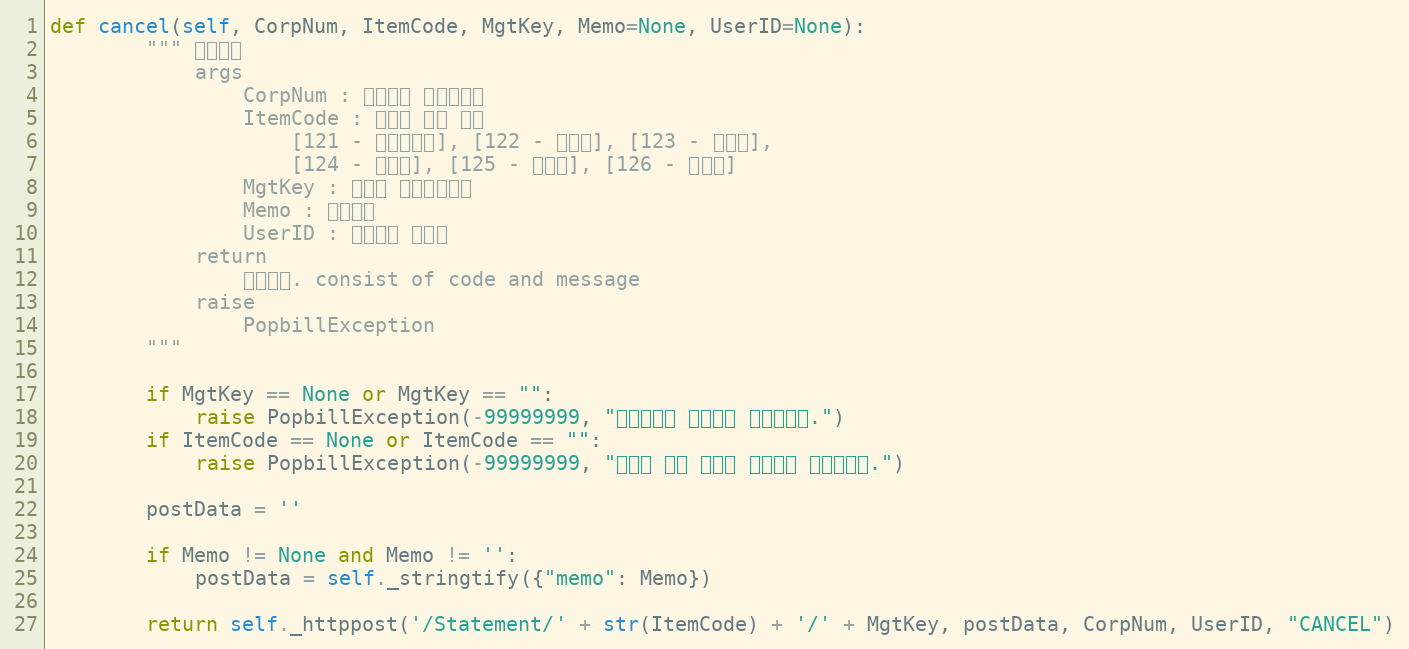
Language: Python
def cancel(self, CorpNum, ItemCode, MgtKey, Memo=None, UserID=None):
        """ 발행취소
            args
                CorpNum : 팝빌회원 사업자번호
                ItemCode : 명세서 종류 코드
                    [121 - 거래명세서], [122 - 청구서], [123 - 견적서],
                    [124 - 발주서], [125 - 입금표], [126 - 영수증]
                MgtKey : 파트너 문서관리번호
                Memo : 처리메모
                UserID : 팝빌회원 아이디
            return
                처리결과. consist of code and message
            raise
                PopbillException
        """

        if MgtKey == None or MgtKey == "":
            raise PopbillException(-99999999, "관리번호가 입력되지 않았습니다.")
        if ItemCode == None or ItemCode == "":
            raise PopbillException(-99999999, "명세서 종류 코드가 입력되지 않았습니다.")

        postData = ''

        if Memo != None and Memo != '':
            postData = self._stringtify({"memo": Memo})

        return self._httppost('/Statement/' + str(ItemCode) + '/' + MgtKey, postData, CorpNum, UserID, "CANCEL")